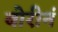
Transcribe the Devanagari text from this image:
बोरीनं